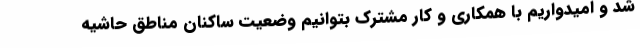
شد و امیدواریم با همکاری و کار مشترک بتوانیم وضعیت ساکنان مناطق حاشیه